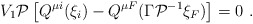
\begin{align*}V_1{\cal P}\left[ Q^{\mu i}(\xi _i)-Q^{\mu F}(\Gamma {\cal P}^{-1}\xi _F)\right] =0\ .\end{align*}